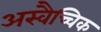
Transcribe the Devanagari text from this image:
अस्वैच्चिक